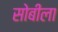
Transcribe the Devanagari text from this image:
सोबीला